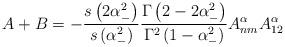
LaTeX: \begin{align*}A+B=-\frac{s\left(2\alpha _{-}^{2} \right)}{s\left(\alpha _{-}^{2} \right)}\frac{\Gamma \left(2-2\alpha _{-}^{2}\right)}{\Gamma ^{2}\left(1-\alpha _{-}^{2} \right)}A_{nm}^{\alpha}A_{12}^{\alpha}\end{align*}